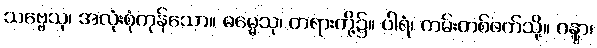
သဗ္ဗေသု၊ အလုံးစုံကုန်သော။ ဓမ္မေသု၊ တရားတို့၌။ ပါရံ၊ ကမ်းတစ်ဖက်သို့။ ဂန္တွာ၊